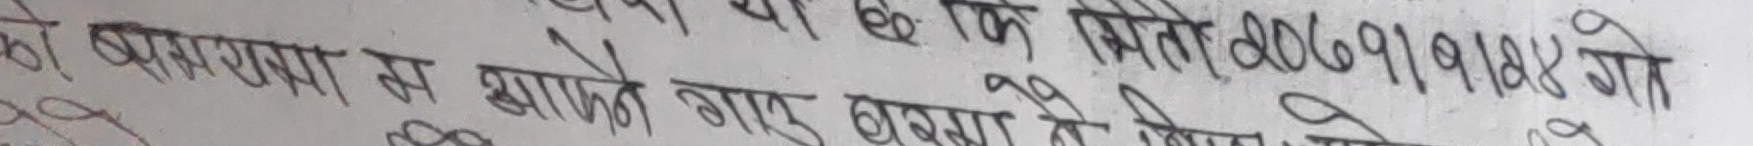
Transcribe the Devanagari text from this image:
कि मिति २०६९१८१४१८ जो
को प्रारम्भमा स आएको गएर बबखा से विवाद को